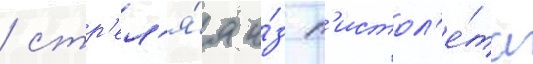
/ стр'ел'я́я и́з п'истол'е́та